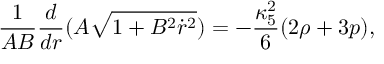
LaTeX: \frac { 1 } { A B } \frac { d } { d r } ( A \sqrt { 1 + B ^ { 2 } \dot { r } ^ { 2 } } ) = - \frac { \kappa _ { 5 } ^ { 2 } } { 6 } ( 2 \rho + 3 p ) ,